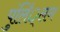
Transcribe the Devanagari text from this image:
पुंलिं्लग